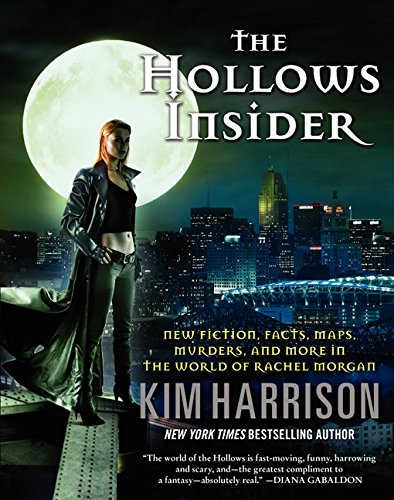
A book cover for The Hollows Insider; Kim Harrison; Science Fiction & Fantasy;